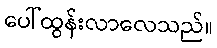
ပေါ်ထွန်းလာလေသည်။